Indian Medical Review
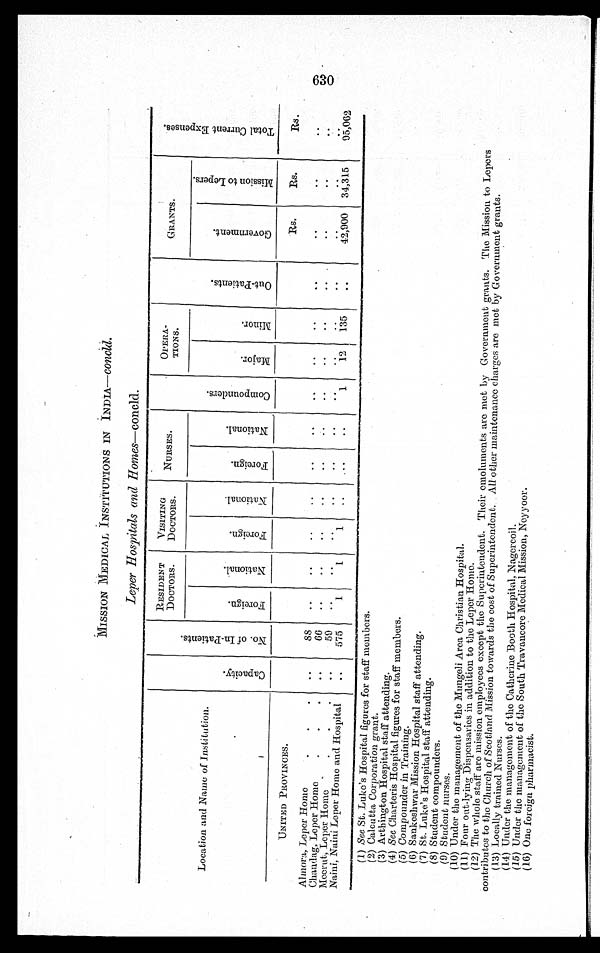
MISSION MEDICAL INSTITUTIONS IN INDIA— concld.
Leper Hospitals and Homes—concld.
Location and Name of Institution.
C a p a c i t y
N o . o f I n - P a t i e n t s .
RESIDENT
DOCTORS.
VISITING
DOCTORS. NURSES.
C o m p o u n d e r s .
OPERA-
TIONS.
O u t - p a t i e n t s .
GRANTS.
T o t a l C u r r e n t E x p e n s e s .
F o r e i g n N a t i o n a l .
F o r e i g n
N a t i o n a l .
F o r e i g n .
N a t i o n a l .
M a j o r . M i n o r .
G o v e r n m e n t .
M i s s i o n t o L e p e r s .
UNITED PROVINCES.
Rs.
Rs.
Rs.
Almora, Leper Home.
88
Chandag, Leper Home.
66
Meerut, Leper Home
59
Naini, Naini Leper Home and Hospital
575
1
1
1
1 12 135
42,900 34,315
95,062
(1)See St. Luke's Hospital figures for staff members.
(2)Calcutta Corporation grant.
(3)Arthington Hospital staff attending.
(4)See Charteris Hospital figures for staff members.
(5)Compounder in Training.
(6)Sankeshwar Mission Hospital staff attending.
(7)St. Luke's Hospital staff attending.
(8)Student compounders.
(9)Student nurses.
(10) Under the management of the Mungeli Area Christian Hospital.
(11) Four out-lying Dispensaries in addition to the Leper Home.
(12) The whole staff are mission employees except the Superintendent. Their emoluments are met by Government grants. The Mission to Lepers
contributes to the Church of Scotland Mission towards the cost of Superintendent. All other maintenance charges are met by Government grants.
(13) Locally trained Nurses.
(14) Under the management of the Catherine Booth Hospital, Nagercoil.
(15) Under the management of the South Travancore Medical Mission, Neyyoor.
(16) One foreign pharmacist.